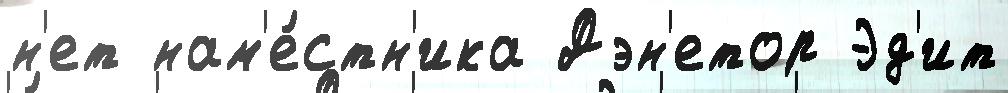
н'ет нам'е́стн'ика Дэн'етор Эд'ит